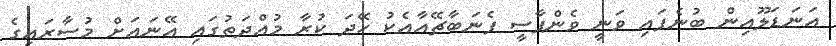
އަނަޑަލޫއިން ބުނެފައި ވަނީ ވެންޕާސީ ފެނަބާޗޭއާއެކު ހޭދަ ކުރާ މުއްދަތުގައި އޭނައަށް މުސާރައިގެ